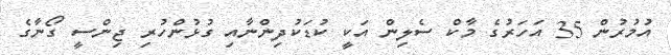
އުމުރުން 35 އަހަރުގެ މާކް ސެލިން އަކީ ކުޑަކުދިންނާއި ގުޅުންހުރި ޖިންސީ ގޯނާގެ